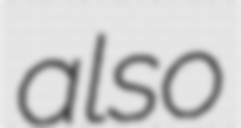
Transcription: also